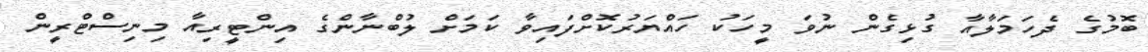
ބޮމުގެ ދެހަމަލާއާ ގުޅިގެން ނުވަ މީހަކު ހައްޔަރުކޮށްފައިވާ ކަމަށް ލުބްނާންގެ އިންޓީރިއާ މިނިސްޓްރީން